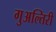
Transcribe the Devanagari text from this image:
गुअल्तिरी